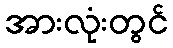
အားလုံးတွင်